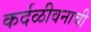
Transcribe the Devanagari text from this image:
कर्दळीवनाची